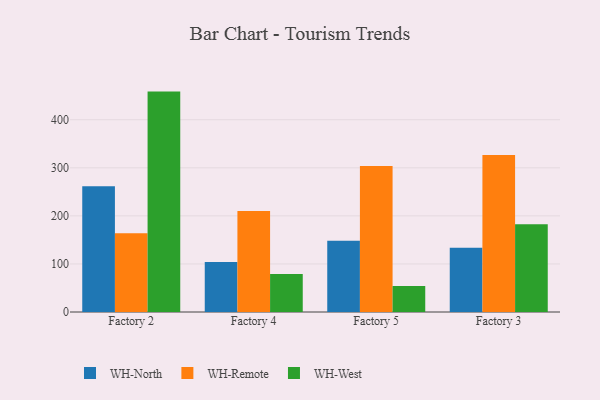
{"axis": {"x": "Factory", "y": "Net Income (USD K)"}, "legend": ["WH-North", "WH-Remote", "WH-West"], "data": [{"x": "Factory 2", "y": 261.6, "type": "WH-North"}, {"x": "Factory 2", "y": 164.0, "type": "WH-Remote"}, {"x": "Factory 2", "y": 458.6, "type": "WH-West"}, {"x": "Factory 4", "y": 103.9, "type": "WH-North"}, {"x": "Factory 4", "y": 210.0, "type": "WH-Remote"}, {"x": "Factory 4", "y": 79.0, "type": "WH-West"}, {"x": "Factory 5", "y": 148.5, "type": "WH-North"}, {"x": "Factory 5", "y": 303.9, "type": "WH-Remote"}, {"x": "Factory 5", "y": 54.2, "type": "WH-West"}, {"x": "Factory 3", "y": 133.7, "type": "WH-North"}, {"x": "Factory 3", "y": 326.6, "type": "WH-Remote"}, {"x": "Factory 3", "y": 182.7, "type": "WH-West"}]}